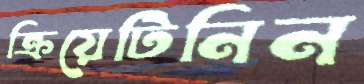
ক্রিয়েটিনিন